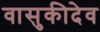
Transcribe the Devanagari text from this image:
वासुकीदेव